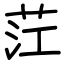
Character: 茳